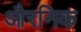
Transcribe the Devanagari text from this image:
औरनिक